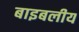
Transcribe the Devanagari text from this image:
बाइबलीय